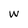
Character: w